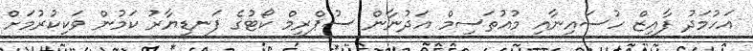
އަހުމަދު ފާއިޒް ހުސައިނާއި މުއުތަސިމް އަދުނާން ސުޕްރީމް ކޯޓުގެ ފަނޑިޔާރު ކަމުން ވަކިކުރުމަށް